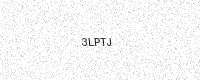
Text: 3LPTJ